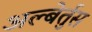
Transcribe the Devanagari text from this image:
अल्बेर्तुस